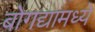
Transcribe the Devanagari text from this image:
बोगद्यामध्ये